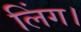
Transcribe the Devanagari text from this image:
लिंग।